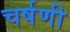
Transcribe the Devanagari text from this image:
चर्षणी